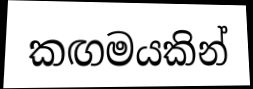
කඟමයකින්